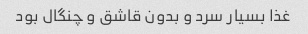
غذا بسیار سرد و بدون قاشق و چنگال بود